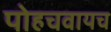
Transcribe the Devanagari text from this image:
पोहचवायच